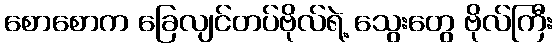
စောစောက ခြေလျင်တပ်ဗိုလ်ရဲ့ သွေးတွေ ဗိုလ်ကြီး